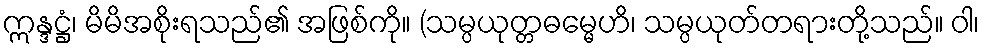
ဣန္ဒဋ္ဌံ၊ မိမိအစိုးရသည်၏ အဖြစ်ကို။ (သမ္ပယုတ္တဓမ္မေဟိ၊ သမ္ပယုတ်တရားတို့သည်။ ဝါ၊